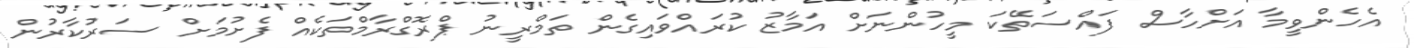
އެހެންވީމާ އަށްހާސް ފައްސަތޭކަ މީހުންނަށް އަމާޒު ކުރައްވައިގެން ތަމްރީނު ޕްރޮގްރާމްތަކެއް ފެށުމަށް ސަރުކާރުން